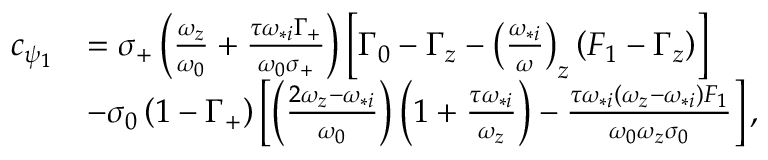
\begin{array} { r l } { c _ { \psi _ { 1 } } } & { = \sigma _ { + } \left( \frac { \omega _ { z } } { \omega _ { 0 } } + \frac { \tau \omega _ { * i } \Gamma _ { + } } { \omega _ { 0 } \sigma _ { + } } \right) \left[ \Gamma _ { 0 } - \Gamma _ { z } - \left( \frac { \omega _ { * i } } { \omega } \right) _ { z } \left( F _ { 1 } - \Gamma _ { z } \right) \right] } \\ & { - \sigma _ { 0 } \left( 1 - \Gamma _ { + } \right) \left[ \left( \frac { 2 \omega _ { z } - \omega _ { * i } } { \omega _ { 0 } } \right) \left( 1 + \frac { \tau \omega _ { * i } } { \omega _ { z } } \right) - \frac { \tau \omega _ { * i } \left( \omega _ { z } - \omega _ { * i } \right) F _ { 1 } } { \omega _ { 0 } \omega _ { z } \sigma _ { 0 } } \right] , } \end{array}